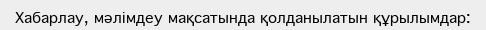
Хабарлау, мәлімдеу мақсатында қолданылатын құрылымдар: